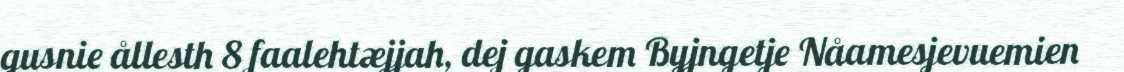
gusnie ållesth 8 faalehtæjjah, dej gaskem Byjngetje Nåamesjevuemien